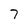
Character: 7